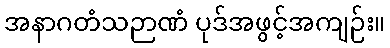
အနာဂတံသဉာဏံ ပုဒ်အဖွင့်အကျဉ်း။